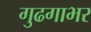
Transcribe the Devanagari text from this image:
गुढगाभर